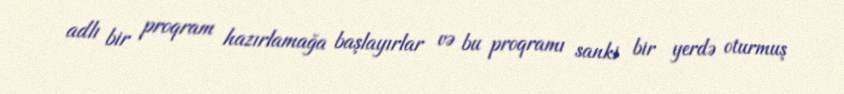
adlı bir proqram hazırlamağa başlayırlar və bu proqramı sanki bir yerdə oturmuş